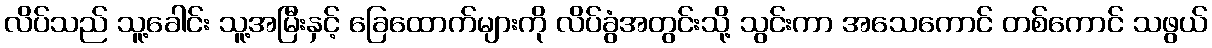
လိပ်သည် သူ့ခေါင်း သူ့အမြီးနှင့် ခြေထောက်များကို လိပ်ခွံအတွင်းသို့ သွင်းကာ အသေကောင် တစ်ကောင် သဖွယ်